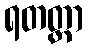
ရတတ္ထာ